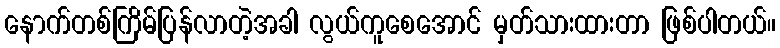
နောက်တစ်ကြိမ်ပြန်လာတဲ့အခါ လွယ်ကူစေအောင် မှတ်သားထားတာ ဖြစ်ပါတယ်။